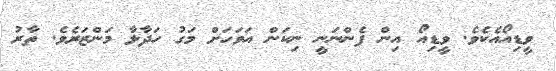
ވީޑިއޯއެކެވެ. ވީޑިއޯ އިން ފެންނަނީ ނިކަން އަވަހަށް މަގު ހަދާލާ މަންޒަރެވެ. ތާރު